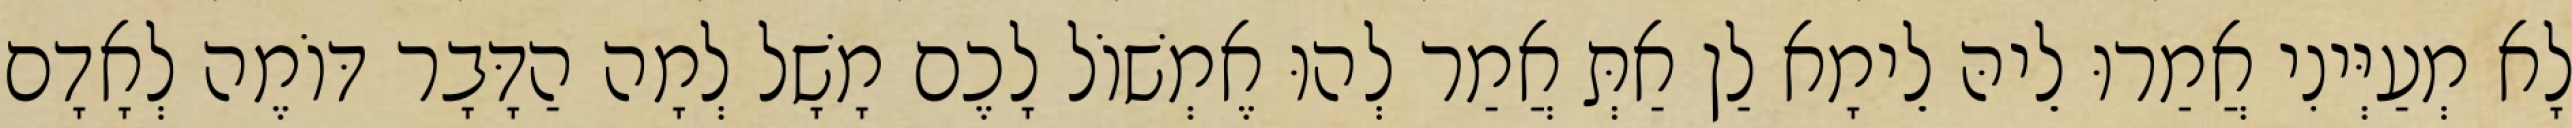
לָא מְעַיְּינִי אֲמַרוּ לֵיהּ לֵימָא לַן אַתְּ אֲמַר לְהוּ אֶמְשׁוֹל לָכֶם מָשָׁל לְמָה הַדָּבָר דּוֹמֶה לְאָדָם